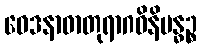
ဝေဒနာဓာတုရာဂဝိနိဗန္ဓဉ္စ